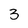
Character: 3